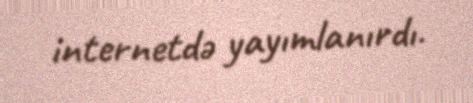
internetdə yayımlanırdı.